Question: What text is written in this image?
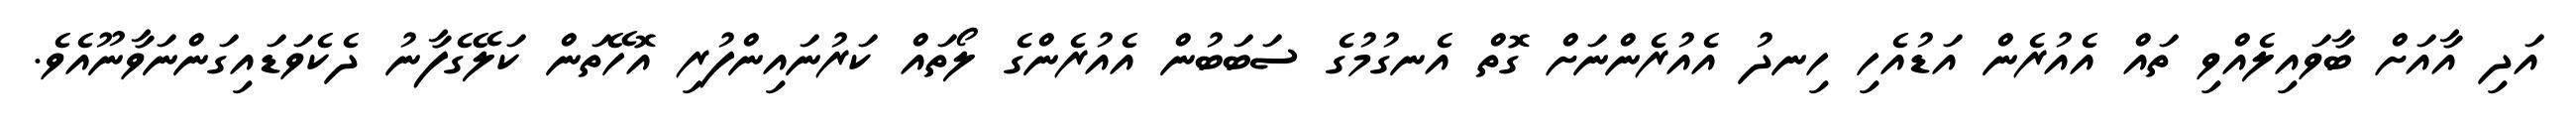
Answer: އަދި އާއަށް ބާވައިލެއްވި ތައް އެއުރެން އަޑުއެހި ހިނދު އެއުރެންނަށް ގޮތް އެނގުމުގެ ސަބަބުން އެއުރެންގެ ލޯތައް ކަރުނައިންފުރި އޮހޭތަން ކަލޭގެފާނު ދެކެވަޑައިގަންނަވާނޫއެވެ.